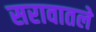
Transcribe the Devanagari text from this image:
सरावातले